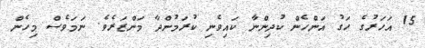
15 އަހަރުގެ ހަގު އަންހެން ކުދިންނާ ކައިވެނި ކުރަމުންދާ މަންޒަރެވެ. ނަމަވެސް މިހެން